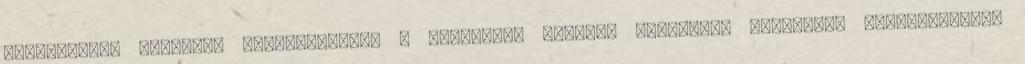
természetes formában megtalálható. A vércukrot kedvező glikémiás indexének köszönhetően,